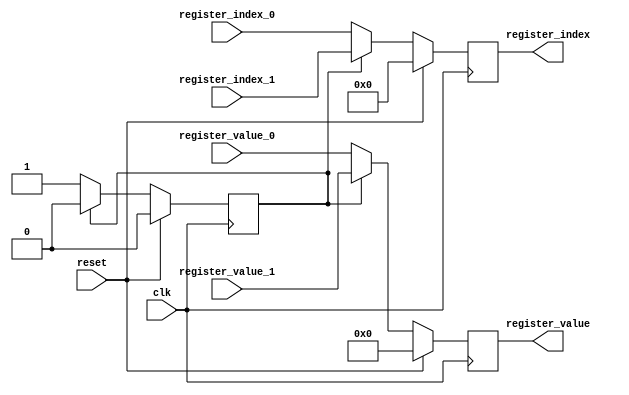
module register_muxer (
    input wire clk,
    input wire reset,

    input wire [3:0] register_index_0,
    input wire [3:0] register_index_1,

    input wire [22:0] register_value_0,
    input wire [22:0] register_value_1,

    output reg [3:0] register_index,
    output reg [22:0] register_value
);

reg switch = 1'b0;

always @(posedge clk)
    if (reset) begin
        switch <= 1'b0;
        register_index <= 'd0;
        register_value <= 'd0;
    end else if (switch == 1'b0) begin
        switch <= 1'b1;
        register_index <= register_index_0;
        register_value <= register_value_0;
    end else begin
        switch <= 1'b0;
        register_index <= register_index_1;
        register_value <= register_value_1;
    end

endmodule